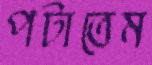
পটাতেম